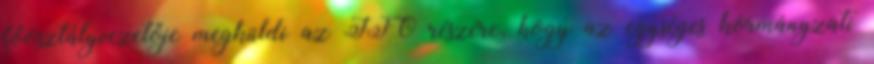
főosztályvezetője megküldi az IFO részére, hogy az egységes kormányzati